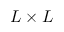
L \times L